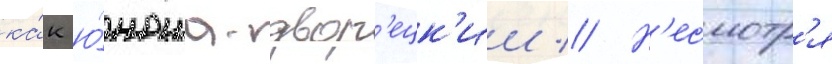
ка́к ю́ноша-двор'ецк'ии // Н'есмотр'я